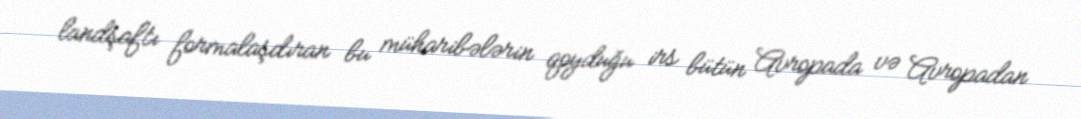
landşaftı formalaşdıran bu müharibələrin qoyduğu irs bütün Avropada və Avropadan